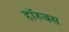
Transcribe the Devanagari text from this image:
हॉरुक्स